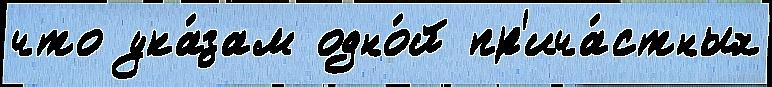
что ука́зам одно́й пр'ича́стных